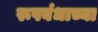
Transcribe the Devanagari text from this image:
रूपबंधाच्या